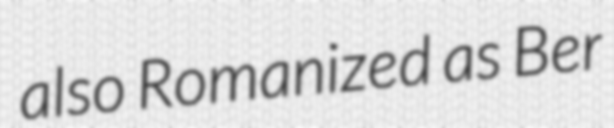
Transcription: also Romanized as Ber